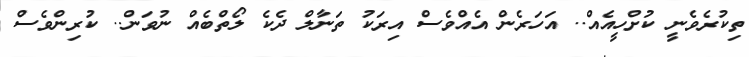
ތިކުރެވެނީ ކުށްހީއެއް.. އަހަރެން އެއްވެސް އިރަކު ތަނާލް ދެކެ ލޯތްބެއް ނުވަން.. ކުރިންވެސް